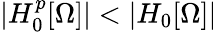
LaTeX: |H_{0}^{p}[\Omega]|<|H_{0}[\Omega]|